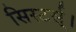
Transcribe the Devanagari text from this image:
सिस्टर्स्।